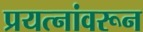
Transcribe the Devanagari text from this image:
प्रयत्‍नांवरून